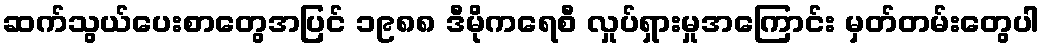
ဆက်သွယ်ပေးစာတွေအပြင် ၁၉၈၈ ဒီမိုကရေစီ လှုပ်ရှားမှုအကြောင်း မှတ်တမ်းတွေပါ